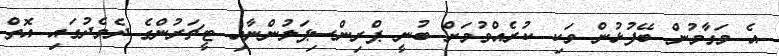
އެ މަގާމުން ބޭފުޅުން ވަކި ކުރެއްވުމަށް ބުނީ ޕްރިންސިޕަލުންނާއި ޓީޗަރުންގެ ދެމެދުގައި އޮތް